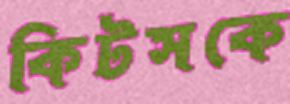
কিটসকে